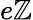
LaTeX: e\mathbb{Z}